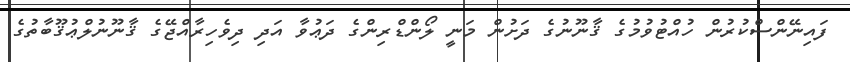
ފައިނޭންސްކުރުން ހުއްޓުވުމުގެ ޤާނޫނުގެ ދަށުން މަނީ ލޯންޑްރިންގެ ދަޢުވާ އަދި ދިވެހިރާއްޖޭގެ ޤާނޫނުލްޢުޤޫބާތުގެ